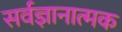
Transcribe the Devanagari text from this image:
सर्वज्ञानात्मक